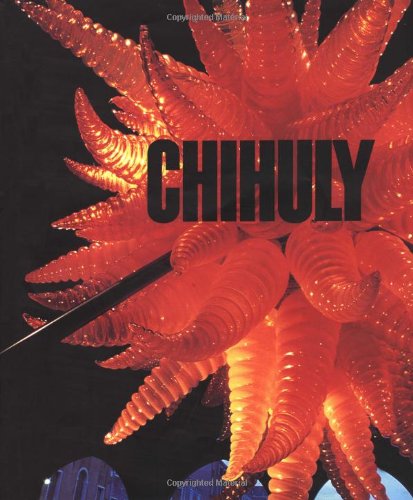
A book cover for Chihuly: 1968-1996; Donald B. Kuspit; Crafts, Hobbies & Home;